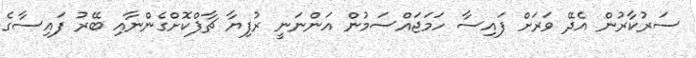
ސަރުކާރުން އެދޭ ވަރަށް ފައިސާ ހަމަޖައްސަމުން އަންނަނީ ރުފިޔާ ޗާޕްކޮށްގެންނާއި ބޭރު ފައިސާގެ